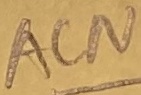
Text: ACN